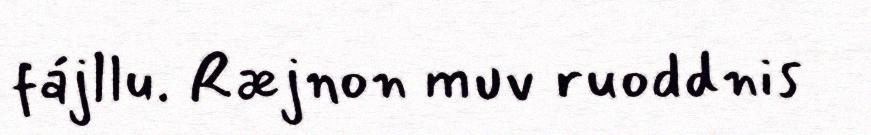
fájllu. Ræjnon muv ruoddnis